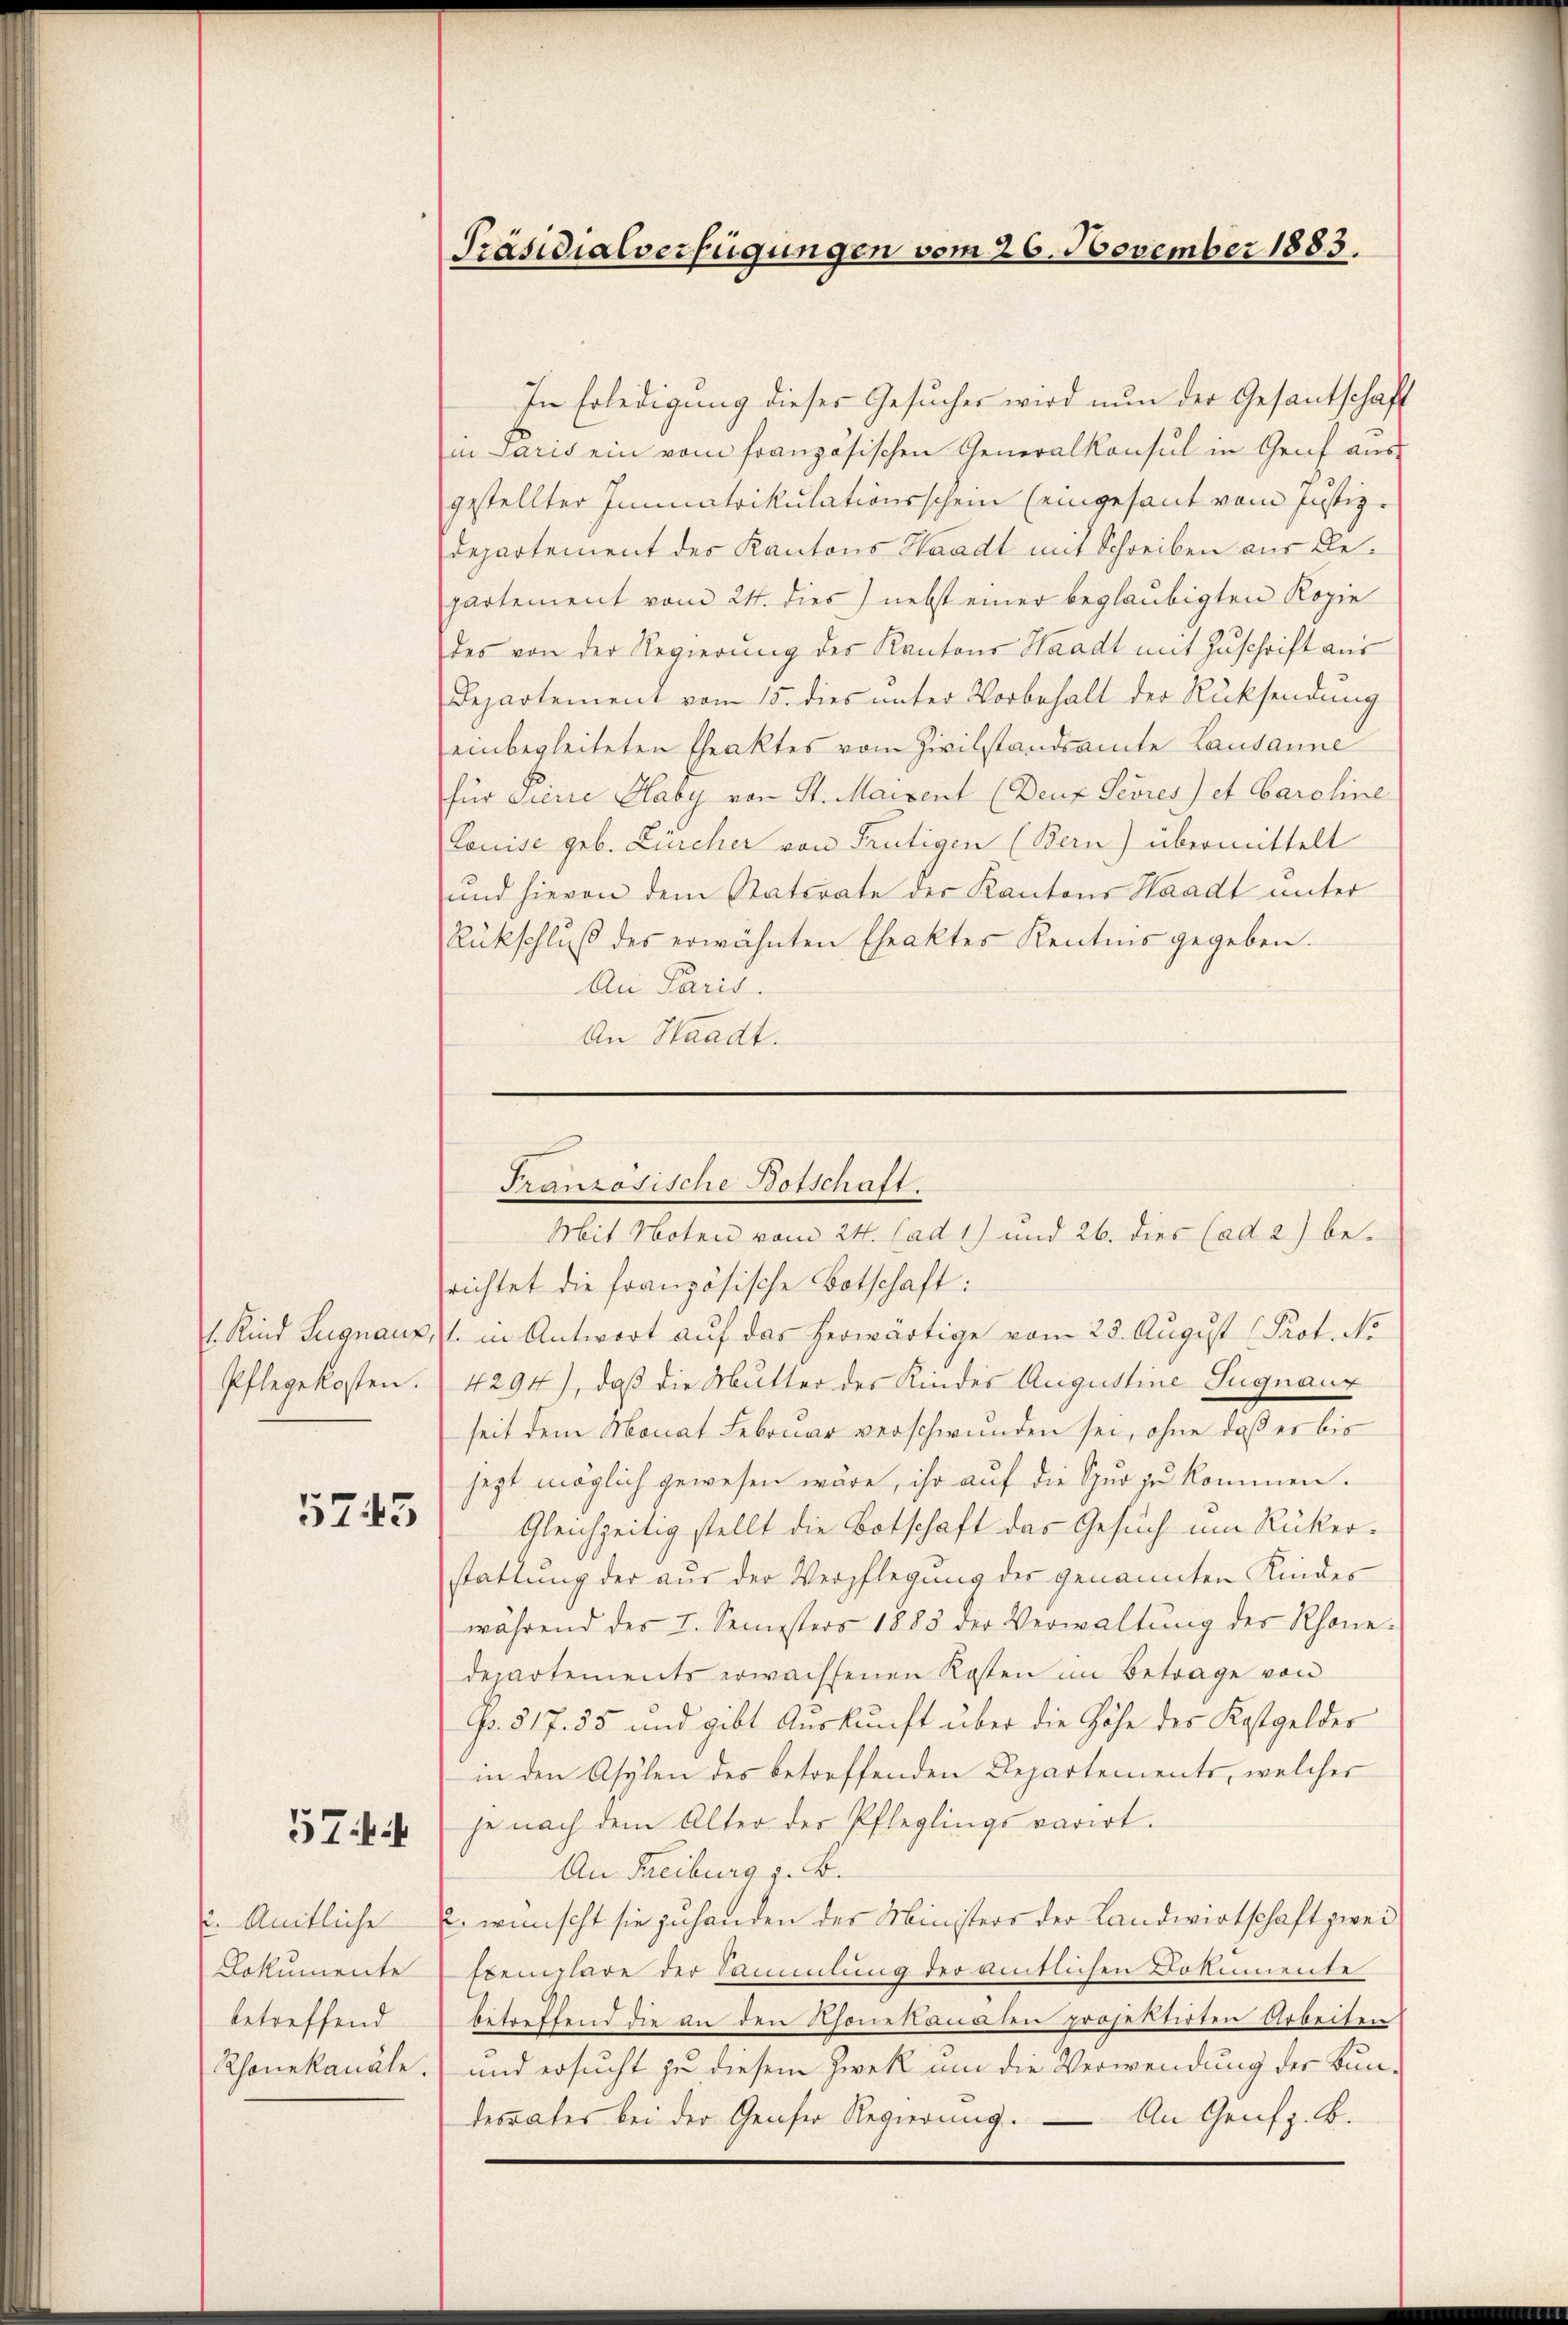
5745

57

Amtliche
Dokumente
betreffend
Rhonekanäle

Präsidialverfügungen vom 26. November 1883.

In Erledigung dieser Gesuches wird nun der Gesantschaft
in Paris ein vom französischen Generalkonsul in Genf aus-
gestellter Immatrikulationsschein (eingesant vom Justiz-
Departement der Kantons Waadt mit Schreiben aus Bepartement vom 24. dies) nebst einer beglaubigten Kopie
des von der Regierung des Kantons Waadt mit Zuschrift aus
Departement vom 15. dies unter Vorbehalt der Rücksendung
einbegleiteten Theaktes vom Zivilstandsamte Lausanne
für Siciie Haby von St. Maisent (Deuz Sevres) et Caroline
Louise geb. Zürcher von Frutigen (Bern) übermittelt
und hievon dem Statirate der Kantons Waadt unter
Rückschlŭβ des erwähnten Eheaktes Kentnis gegeben.
An Paris.
An Staadt.

Französische Botschaft.
Mit Noten vom 24. ad 1) und 26. dies (ad 2) be¬

srichtet die französische Botschaft:
. Kind Signaux, l. in Antwort auf das herwärtige vom 23. August Prot. No
Pflegekosten. 4294), daß die Mutter des Kindes Augustine Sugnaur
seit dem Monat Februar verschwunden sei, ohne daß es bis
jezt möglich gewesen wäre, ihr auf die Spur zu kommen.
Gleichzeitig stellt die Botschaft das Gesuch um Rükerstattung der aus der Verpflegung des genannten Kindes
während des I. Semesters 1883 der Verwaltung des Rhone-
departements erwachsenen Kosten im Betrage von
No. 517. 55 und gibt Auskunft über die Höhe der Kostgeldes
in den Asylen des betreffenden Departements, welcher
je nach dem Alter der Pfleglings varirt.
An Freiburg i. B.
E. wünscht sie zuhanden des Ministers der Landwirtschaft zwei
Exemplare der Sammlung der amtlichen Dokumente
betreffend die an den Thonekannten prosestirten Arbeiten
) und ersucht zu diesem Zweck um die Verwendung der Bundesrates bei der Genser Regierung. — An Genf z. B.